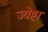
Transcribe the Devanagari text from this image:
ज्येष्टा